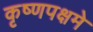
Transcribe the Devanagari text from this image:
कृष्णपक्षमे